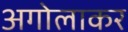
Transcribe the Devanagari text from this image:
अगोलाकर